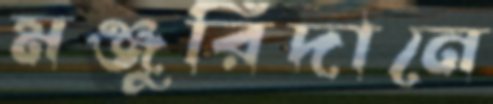
মঞ্জুরিদানে